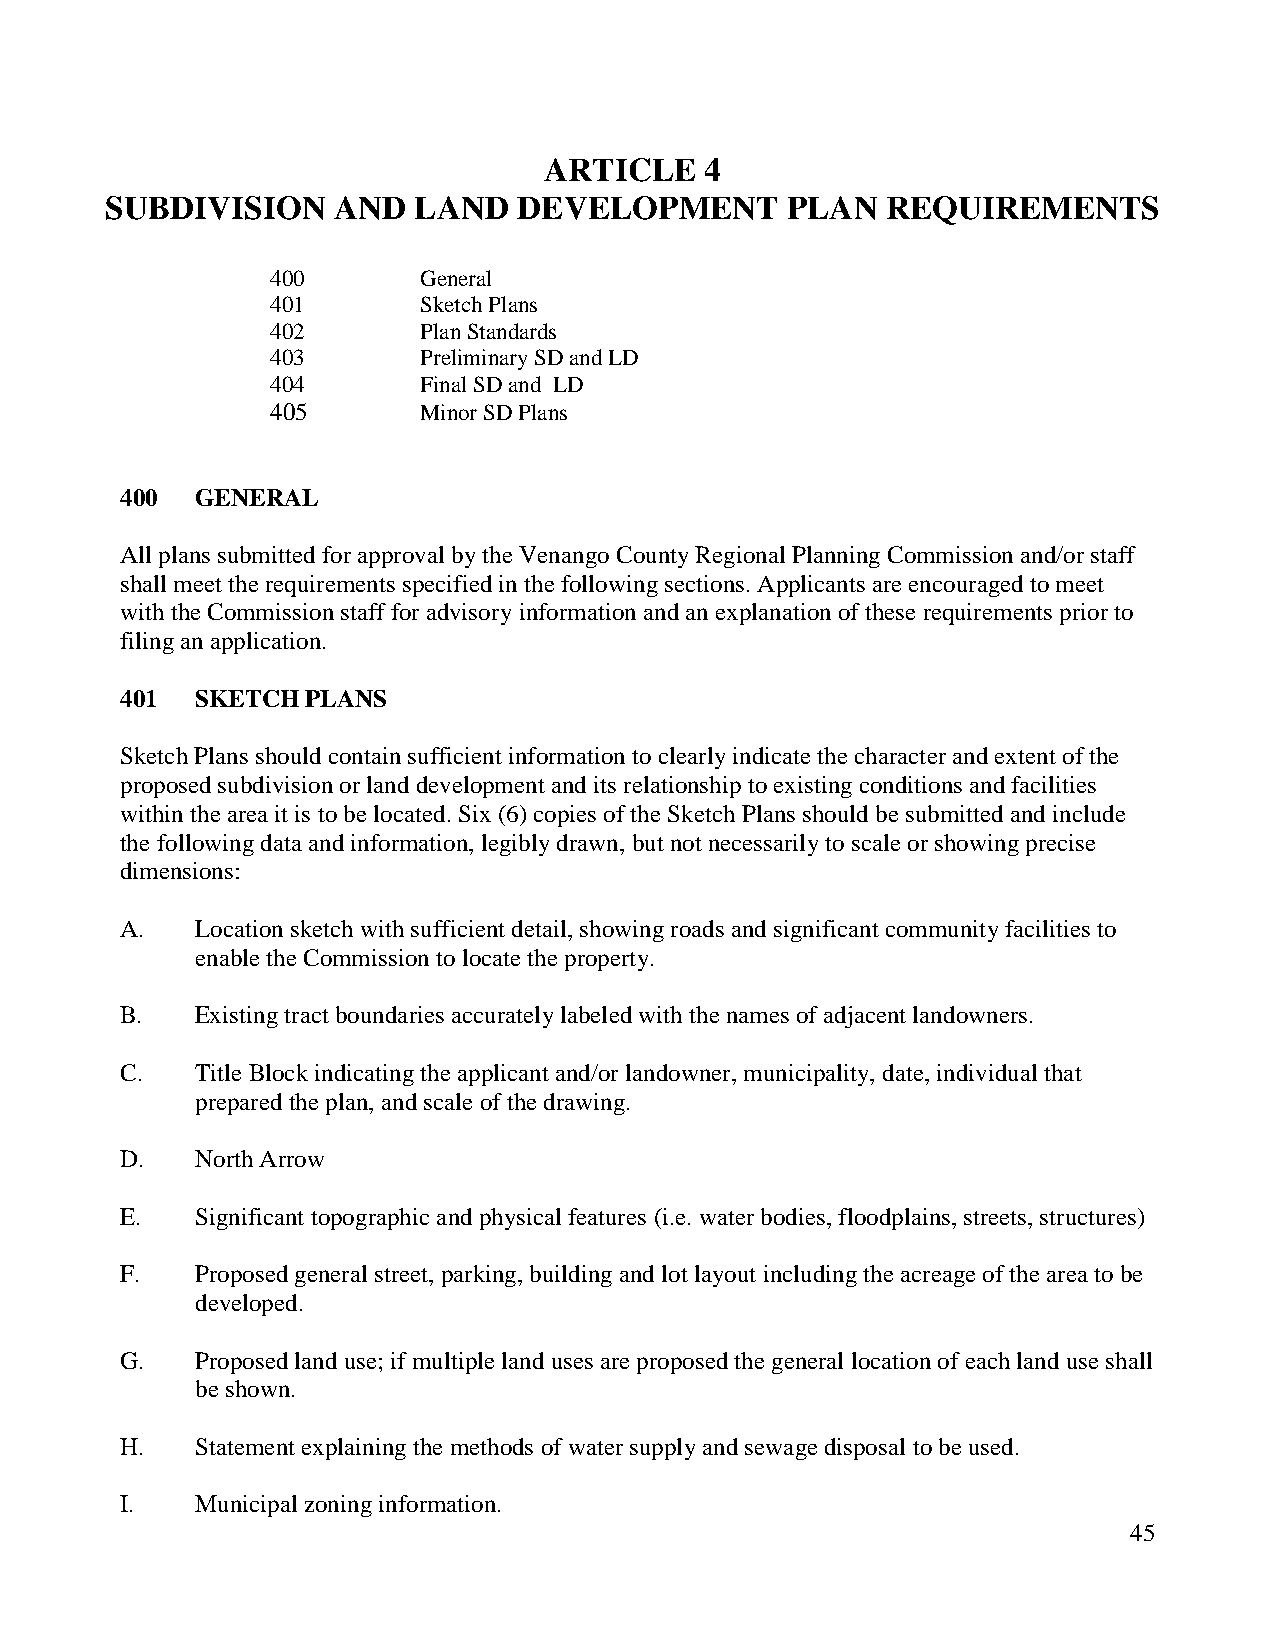
ARTICLE    4
 SUBDIVISION    AND  LAND   DEVELOPMENT       PLAN   REQUIREMENTS
 400       General
 401       Sketch Plans
 402       Plan Standards
 403       Preliminary SD and LD
 404       Final SD and LD
 405       Minor SD Plans
 400  GENERAL
 All plans submitted for approval by the Venango County Regional Planning Commission and/or staff
 shall meet the requirements specified in the following sections. Applicants are encouraged to meet
 with the Commission staff for advisory information and an explanation of these requirements prior to
 filing an application.
 401  SKETCH PLANS
 Sketch Plans should contain sufficient information to clearly indicate the character and extent of the
 proposed subdivision or land development and its relationship to existing conditions and facilities
 within the area it is to be located. Six (6) copies of the Sketch Plans should be submitted and include
 the following data and information, legibly drawn, but not necessarily to scale or showing precise
 dimensions:
 A.   Location sketch with sufficient detail, showing roads and significant community facilities to
 enable the Commission to locate the property.
 B.   Existing tract boundaries accurately labeled with the names of adjacent landowners.
 C.   Title Block indicating the applicant and/or landowner, municipality, date, individual that
 prepared the plan, and scale of the drawing.
 D.   North Arrow
 E.   Significant topographic and physical features (i.e. water bodies, floodplains, streets, structures)
 F.   Proposed general street, parking, building and lot layout including the acreage of the area to be
 developed.
 G.   Proposed land use; if multiple land uses are proposed the general location of each land use shall
 be shown.
 H.   Statement explaining the methods of water supply and sewage disposal to be used.
 I.   Municipal zoning information.
 45